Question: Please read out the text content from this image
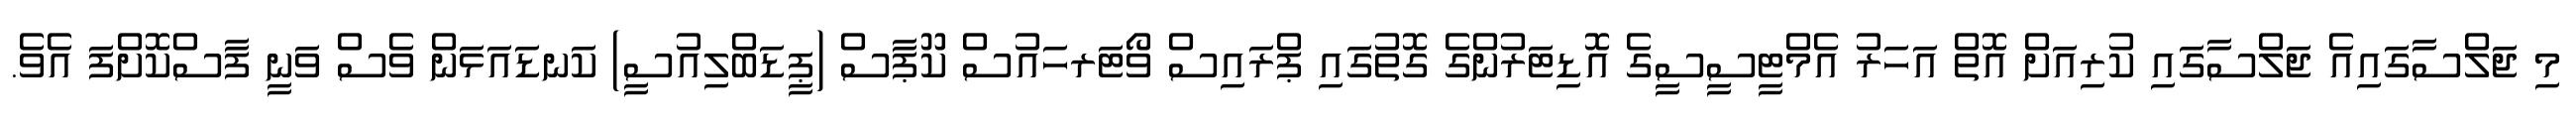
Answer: މި ޖަލްސާގައިއެ ޖަލްސާގައި ކުރިއަށް އޮތް އަހަރު އެމްޓީސީސީގެ އޮޑިޓަރުންގެ ގޮތުގައި ޕްރައިސް ވޯޓަރހައުސް ކޫޕާސް (ޕީޑަބްލިއުސީ) ކަނޑައަޅަން ވެސް ވަނީ ފާސްކޮށްފަ އެވެ.